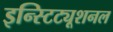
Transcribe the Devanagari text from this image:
इन्स्टिट्यूशनल